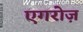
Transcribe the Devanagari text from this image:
एगरोज़